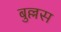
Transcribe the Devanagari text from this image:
बुल्लस